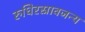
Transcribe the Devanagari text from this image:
रुधिरस्रावजन्य